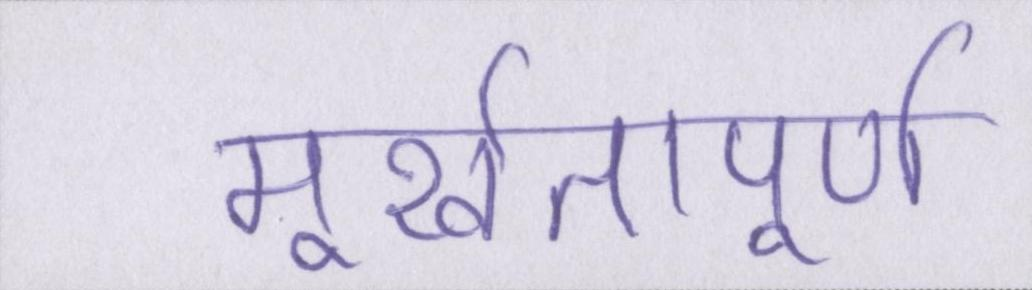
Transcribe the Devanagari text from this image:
मूर्खतापूर्ण